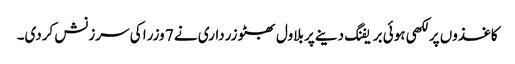
کاغذوں پر لکھی ہوئی بریفنگ دینے پر بلاول بھٹو زرداری نے 7 وزرا کی سرزنش کردی۔